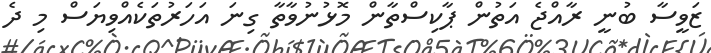
ޒަވީސާ ބުނީ ރާއްޖެ އަތުން ޕާކިސްތާން މޮޅުނުވާތާ ގިނަ އަހަރުތަކެއްވިޔަސް މި ދެ